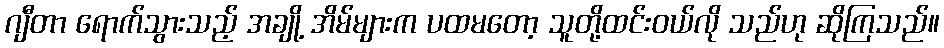
ဂျီတာ ရောက်သွားသည့် အချို့ အိမ်များက ပထမတော့ သူတို့ထင်းဝယ်လို သည်ဟု ဆိုကြသည်။